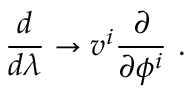
\frac { d } { d \lambda } \rightarrow v ^ { i } \frac { \partial } { \partial \phi ^ { i } } ~ .